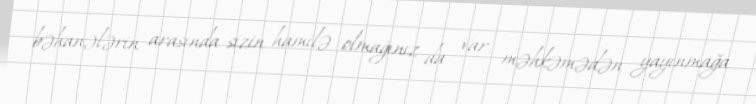
bəhanələrin arasında sizin hamilə olmağınız da var, məhkəmədən yayınmağa